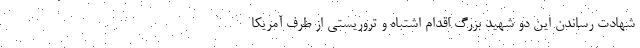
شهادت رساندن این دو شهید بزرگ اقدام اشتباه و تروریستی از طرف آمریکا